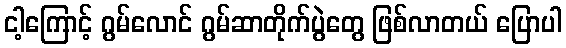
ငါ့ကြောင့် ဂွမ်လောင် ဂွမ်ဆာတိုက်ပွဲတွေ ဖြစ်လာတယ် ပြောပါ